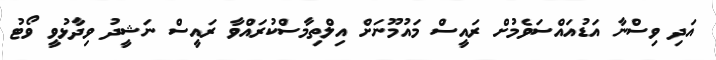
އަދި ވިސްނާ އަޑުއައްސަވެމުށް ރައީސް މައުމޫނަށް އިލްތިމާސްކުރައްވާ ރައީސް ނަޝީދު ވިދާޅުވީ ވޯޓު